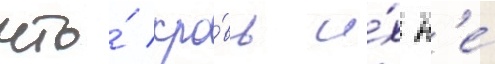
что́ кро́вь и́х н'е́